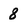
Character: 8